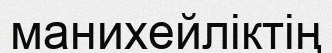
манихейліктің